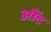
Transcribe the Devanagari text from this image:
औंट